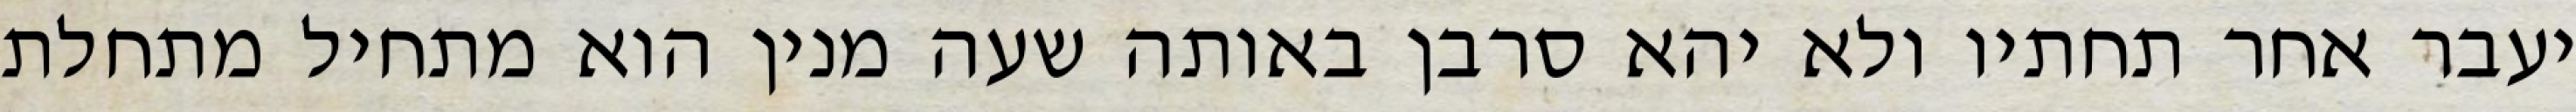
יעבר אחר תחתיו ולא יהא סרבן באותה שעה מנין הוא מתחיל מתחלת